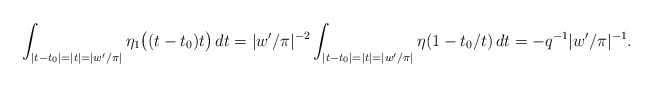
\begin{align*} \int_{|t-t_0|=|t|=|w'/\pi|} \eta_1\bigl((t-t_0)t\bigr)\,dt = |w'/\pi|^{-2}\int_{|t-t_0|=|t|=|w'/\pi|} \eta(1-t_0/t)\,dt = -q^{-1}|w'/\pi|^{-1}.\end{align*}